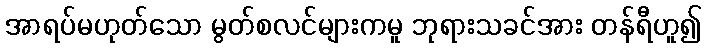
အာရပ်မဟုတ်သော မွတ်စလင်များကမူ ဘုရားသခင်အား တန်ရီဟူ၍